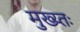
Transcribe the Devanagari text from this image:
मुख्य्तः